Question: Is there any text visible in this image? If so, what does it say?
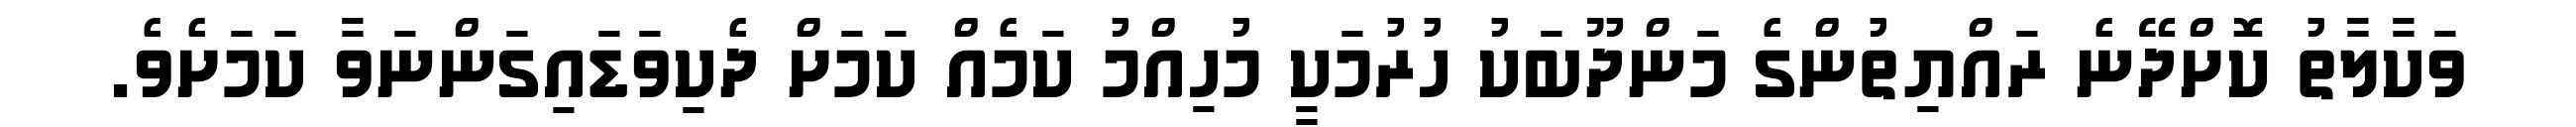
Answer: ވަކާލާތު ކޮށްދޭނެ ރައްޔިތުންގެ މަންދޫބަކު ހުރުމަކީ މުހިއްމު ކަމެއް ކަމަށް ދެކިވަޑައިގަންނަވާ ކަމަށެވެ.